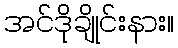
အင်ဒိုချိုင်းနား။